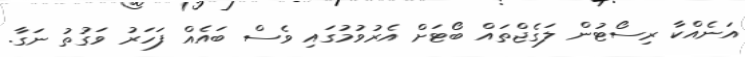
އަނެއްކާ ރިސޯޓުން ލަގެޖްތައް ބޯޓަށް އެރުވުމުގައި ވެސް ބައެއް ފަހަރު ވަގުތު ނަގާ.